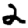
Digit: 2